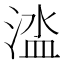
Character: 𣹉